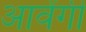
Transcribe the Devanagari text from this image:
आवेंगी